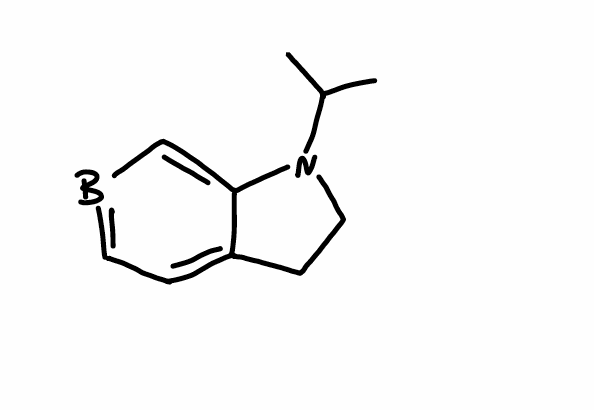
Simplified molecular-input line-entry system (SMILES) notation of the given molecule:
B1=CC=C2CCN(C2=C1)C(C)C